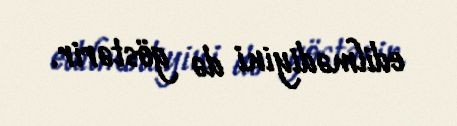
edilmədiyini də göstərir.